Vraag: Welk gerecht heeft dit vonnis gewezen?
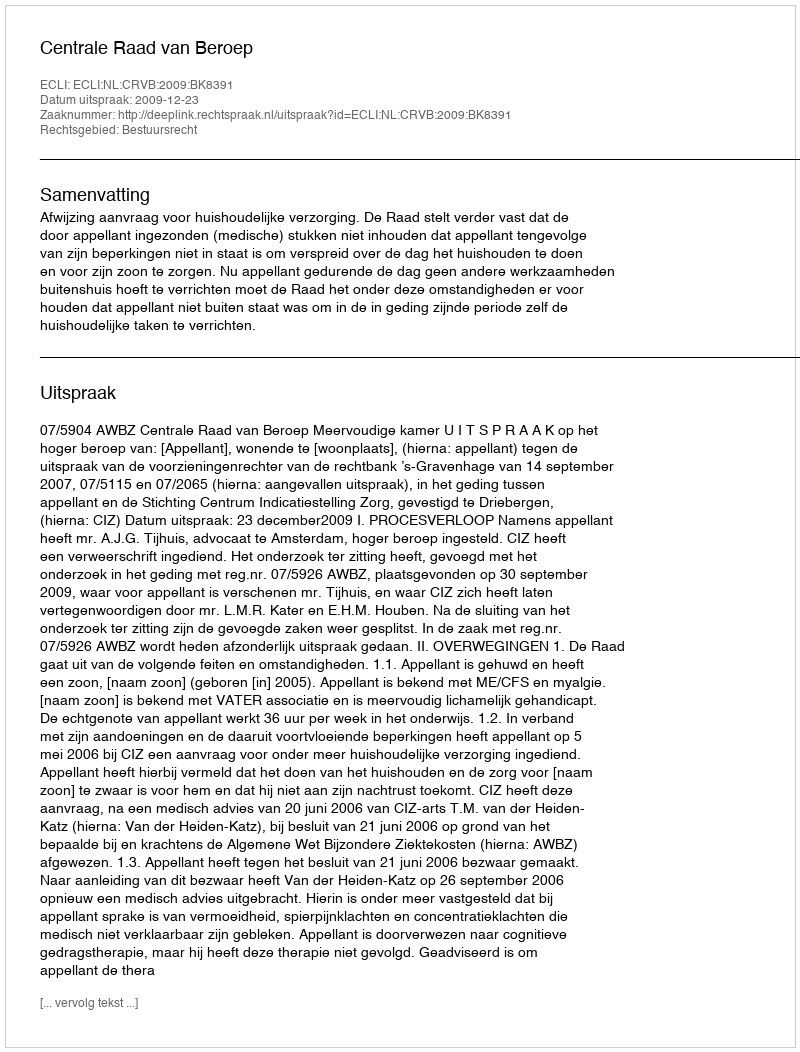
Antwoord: Centrale Raad van Beroep